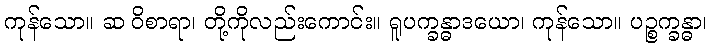
ကုန်သော။ ဆ ဝိစာရာ၊ တို့ကိုလည်းကောင်း။ ရူပက္ခန္ဓာဒယော၊ ကုန်သော။ ပဉ္စက္ခန္ဓာ၊